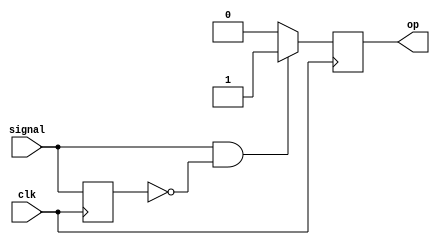
module onepulse(
    input signal, 
    input clk, 
    output reg op
    );
    
    reg delay;
    
    always @(posedge clk) begin
        if((signal == 1) & (delay == 0)) op <= 1;
        else op <= 0; 
        delay <= signal;
    end
endmodule